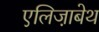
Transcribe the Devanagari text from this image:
एलिजा़बेथ